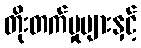
တိုးတက်မှုများနှင့်